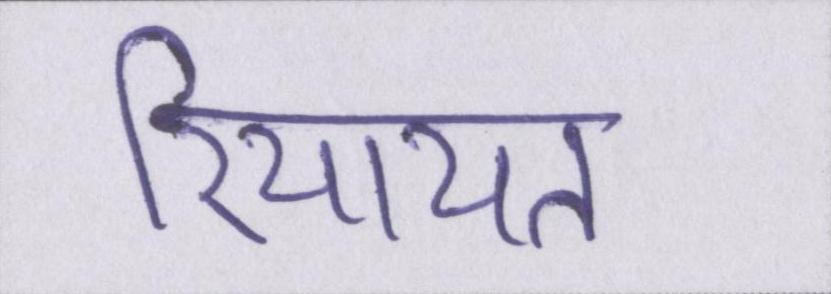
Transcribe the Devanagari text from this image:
रियायत